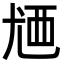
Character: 𬡸